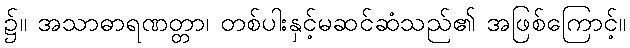
၌။ အသာဓာရဏတ္တာ၊ တစ်ပါးနှင့်မဆင်ဆံသည်၏ အဖြစ်ကြောင့်။